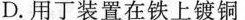
D.用丁装置在铁上镀铜